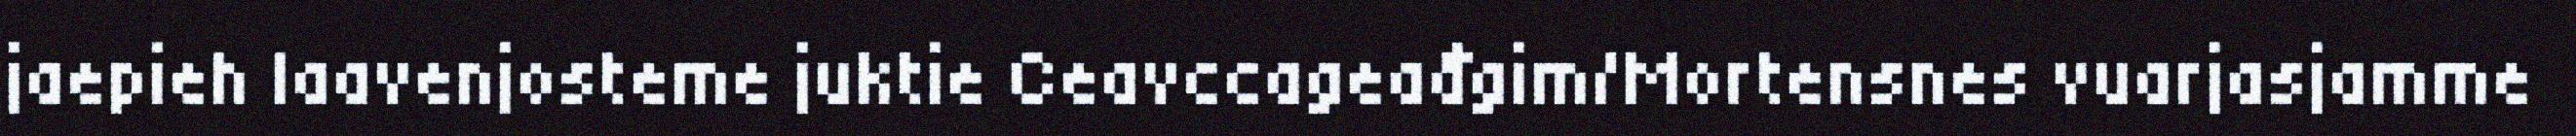
jaepieh laavenjosteme juktie Ceavccageađgim/Mortensnes vuarjasjamme